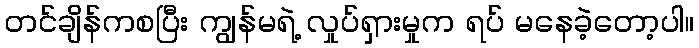
တင်ချိန်ကစပြီး ကျွန်မရဲ့ လှုပ်ရှားမှုက ရပ် မနေခဲ့တော့ပါ။